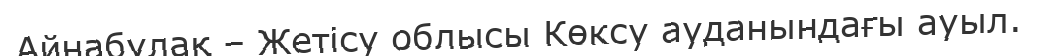
Айнабұлақ – Жетісу облысы Көксу ауданындағы ауыл.